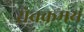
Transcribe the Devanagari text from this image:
रोचकमय